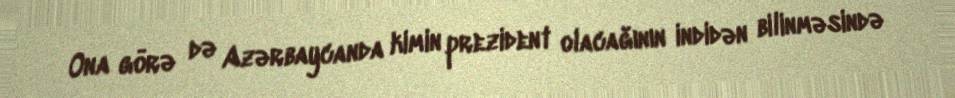
Ona görə də Azərbaycanda kimin prezident olacağının indidən bilinməsində